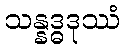
သန္နဒ္ဓဒုဿံ